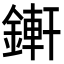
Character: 𨪚